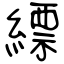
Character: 縹